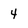
Character: 4